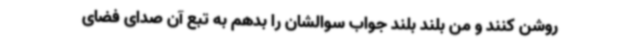
روشن کنند و من بلند بلند جواب سوالشان را بدهم به تبع آن صدای فضای